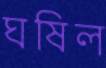
ঘষিল